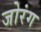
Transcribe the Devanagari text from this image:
जोरंग